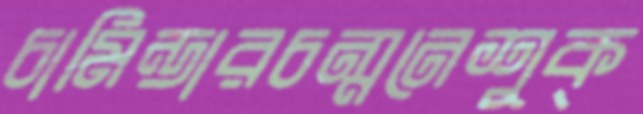
চামিন্ডারচন্‌মনেশুক্